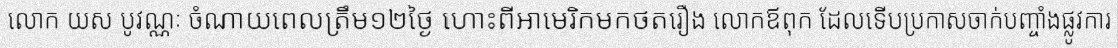
លោក យស បូវណ្ណៈ ចំណាយពេលត្រឹម១២ថ្ងៃ ហោះពីអាមេរិកមកថតរឿង លោកឪពុក ដែលទើបប្រកាសចាក់បញ្ចាំងផ្លូវការ